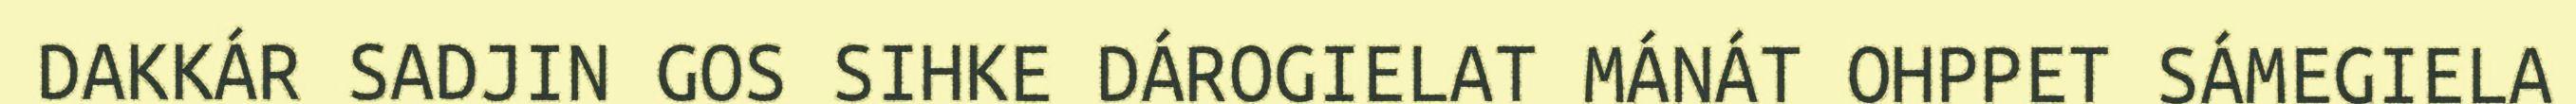
DAKKÁR SADJIN GOS SIHKE DÁROGIELAT MÁNÁT OHPPET SÁMEGIELA